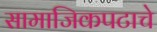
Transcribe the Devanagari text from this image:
सामाजिकपटाचे